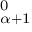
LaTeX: \mathbf { \Delta } _ { \alpha + 1 } ^ { 0 }